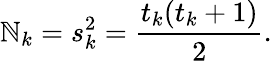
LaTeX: \mathbb{N}_{k}=s_{k}^{2}={\frac{{t_{k}(t_{k}+1)}}{{2}}}.